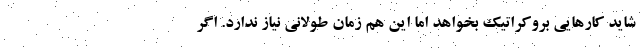
شاید کارهایی بروکراتیک بخواهد اما این هم زمان طولانی نیاز ندارد. اگر